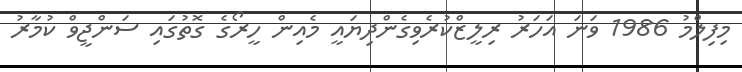
މިފިލްމު 1986 ވަނަ އަހަރު ރިލީޒްކުރެވިގެންދިޔައީ މެއިން ހީރޯގެ ގޮތުގައި ސަންޖީވް ކުމާރު